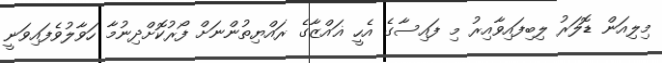
މިލިއަން ޑޮލަރު ލިބިފައިވާއިރު މި ފައިސާގެ އެހީ ޣައްޒާގެ ރައްޔިތުންނަށް ފޯރުކޮށްދިނުމާ ހަވާލުވެފައިވަނީ